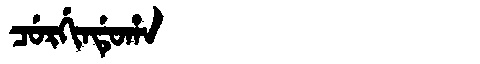
Manchu: ᠴᡠᡵᡤᡳᠨᡩᡠᡥᠠ
Romanization: CURGINDUHA